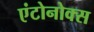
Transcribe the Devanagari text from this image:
एंटोनोक्स